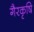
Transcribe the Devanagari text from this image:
गैरकृषि